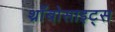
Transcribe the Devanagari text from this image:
थ्राँबोसाइट्स